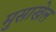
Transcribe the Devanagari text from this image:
मुसाखेल